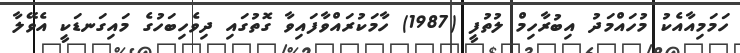
ހަމަމިއާއެކު މުހައްމަދު އިބުރާހިމް ލުތުފީ (1987) ހާމަކުރައްވާފައިވާ ގޮތުގައި ދިވެހިބަހުގެ މައިގަނޑަކީ އެވޭލާ